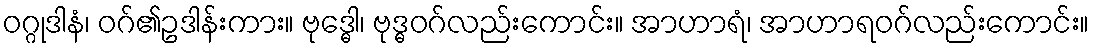
ဝဂ္ဂုဒါနံ၊ ဝဂ်၏ဥဒါန်းကား။ ဗုဒ္ဓေါ၊ ဗုဒ္ဓဝဂ်လည်းကောင်း။ အာဟာရံ၊ အာဟာရဝဂ်လည်းကောင်း။